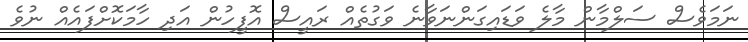
ނަމަވެސް ސަލްމާން މާލެ ވަޑައިގަންނަވާނެ ވަގުތެއް ރައީސް އޮފީހުން އަދި ހާމަކޮށްފައެއް ނުވެ